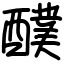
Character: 醭